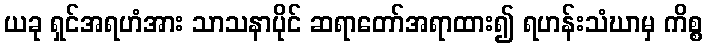
ယခု ရှင်အရဟံအား သာသနာပိုင် ဆရာတော်အရာထား၍ ရဟန်းသံဃာမှ ကိစ္စ